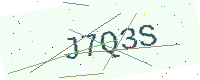
Text: J7Q3S